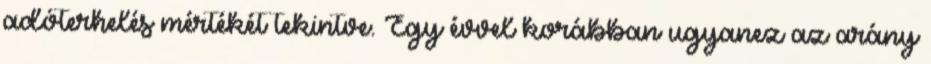
adóterhelés mértékét tekintve. Egy évvel korábban ugyanez az arány